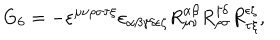
LaTeX: \mathrm { G } _ { 6 } = - \varepsilon ^ { \mu \nu \rho \sigma \tau \xi } \varepsilon _ { \alpha \beta \gamma \delta \epsilon \zeta } R _ { \mu \nu } ^ { \alpha \beta } R _ { \rho \sigma } ^ { \gamma \delta } R _ { \tau \xi } ^ { \epsilon \zeta } ,